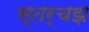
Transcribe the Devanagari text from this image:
स्तर्चझ